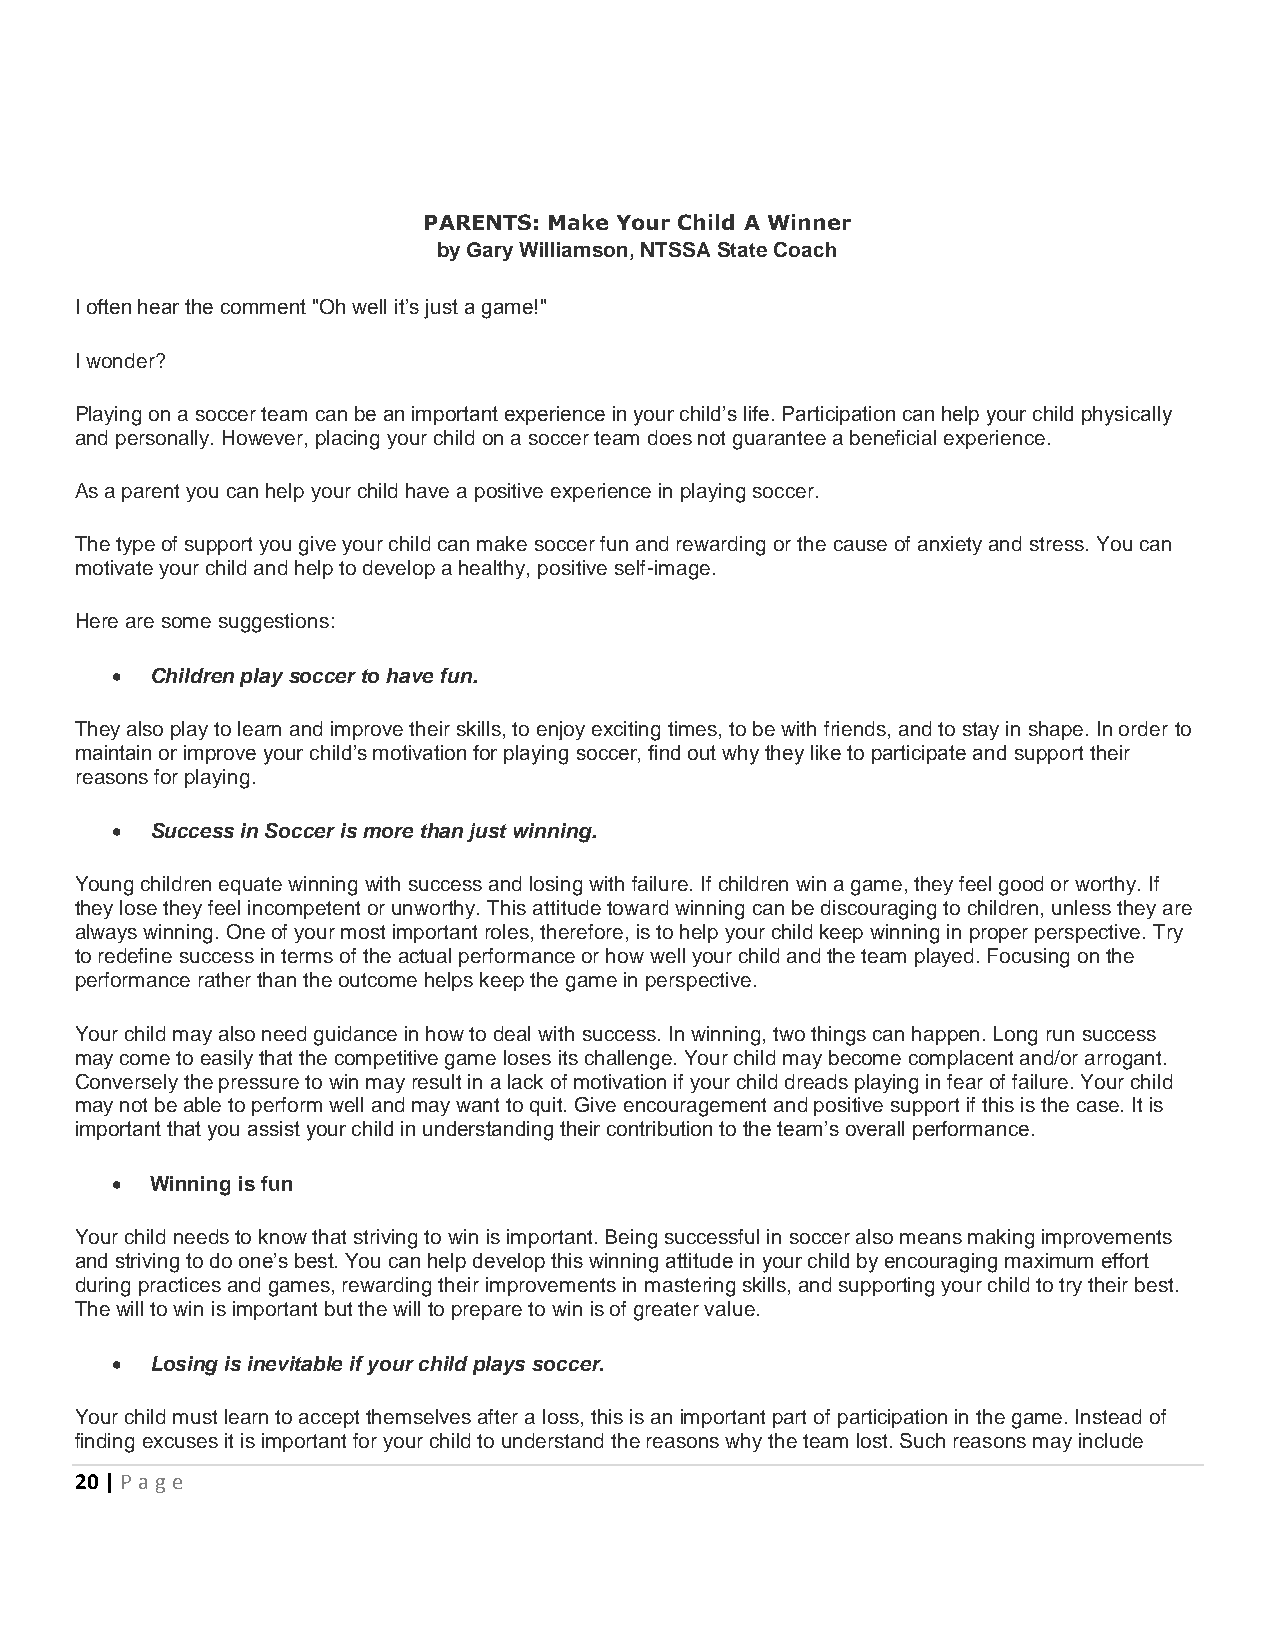
PARENTS: Make Your Child A Winner
 by Gary Williamson, NTSSA State Coach
 I often hear the comment "Oh well it’s just a game!"
 I wonder?
 Playing on a soccer team can be an important experience in your child’s life. Participation can help your child physically
 and personally. However, placing your child on a soccer team does not guarantee a beneficial experience.
 As a parent you can help your child have a positive experience in playing soccer.
 The type of support you give your child can make soccer fun and rewarding or the cause of anxiety and stress. You can
 motivate your child and help to develop a healthy, positive self-image.
 Here are some suggestions:
   Children play soccer to have fun.
 They also play to learn and improve their skills, to enjoy exciting times, to be with friends, and to stay in shape. In order to
 maintain or improve your child’s motivation for playing soccer, find out why they like to participate and support their
 reasons for playing.
   Success in Soccer is more than just winning.
 Young children equate winning with success and losing with failure. If children win a game, they feel good or worthy. If
 they lose they feel incompetent or unworthy. This attitude toward winning can be discouraging to children, unless they are
 always winning. One of your most important roles, therefore, is to help your child keep winning in proper perspective. Try
 to redefine success in terms of the actual performance or how well your child and the team played. Focusing on the
 performance rather than the outcome helps keep the game in perspective.
 Your child may also need guidance in how to deal with success. In winning, two things can happen. Long run success
 may come to easily that the competitive game loses its challenge. Your child may become complacent and/or arrogant.
 Conversely the pressure to win may result in a lack of motivation if your child dreads playing in fear of failure. Your child
 may not be able to perform well and may want to quit. Give encouragement and positive support if this is the case. It is
 important that you assist your child in understanding their contribution to the team’s overall performance.
   Winning is fun
 Your child needs to know that striving to win is important. Being successful in soccer also means making improvements
 and striving to do one’s best. You can help develop this winning attitude in your child by encouraging maximum effort
 during practices and games, rewarding their improvements in mastering skills, and supporting your child to try their best.
 The will to win is important but the will to prepare to win is of greater value.
   Losing is inevitable if your child plays soccer.
 Your child must learn to accept themselves after a loss, this is an important part of participation in the game. Instead of
 finding excuses it is important for your child to understand the reasons why the team lost. Such reasons may include
 20 | P age